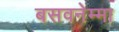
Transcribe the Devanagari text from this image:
बसवनेम्मा